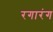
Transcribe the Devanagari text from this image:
रगारंग